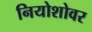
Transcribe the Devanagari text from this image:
नियोशोवर